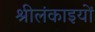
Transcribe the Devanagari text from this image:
श्रीलंकाइयों